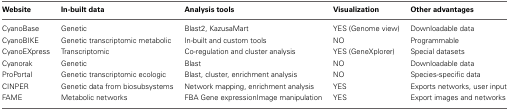
<table><thead><tr><td><b>Website</b></td><td><b>In-built data</b></td><td><b>Analysis tools</b></td><td><b>Visualization</b></td><td><b>Other advantages</b></td></tr></thead><tbody><tr><td>CyanoBase</td><td>Genetic</td><td>Blast2, KazusaMart</td><td>YES (Genome view)</td><td>Downloadable data</td></tr><tr><td>CyanoBIKE</td><td>Genetic transcriptomic metabolic</td><td>In-built and custom tools</td><td>NO</td><td>Programmable</td></tr><tr><td>CyanoEXpress</td><td>Transcriptomic</td><td>Co-regulation and cluster analysis</td><td>YES (GeneXplorer)</td><td>Special datasets</td></tr><tr><td>Cyanorak</td><td>Genetic</td><td>Blast</td><td>NO</td><td>Downloadable data</td></tr><tr><td>ProPortal</td><td>Genetic transcriptomic ecologic</td><td>Blast, cluster, enrichment analysis</td><td>NO</td><td>Species-specific data</td></tr><tr><td>CINPER</td><td>Genetic data from biosubsystems</td><td>Network mapping, enrichment analysis</td><td>YES</td><td>Exports networks, user input</td></tr><tr><td>FAME</td><td>Metabolic networks</td><td>FBA Gene expression Image manipulation</td><td>YES</td><td>Export images and networks</td></tr></tbody></table>